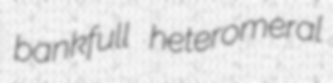
bankfull heteromeral